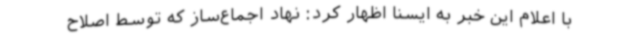
با اعلام این خبر به ایسنا اظهار کرد: نهاد اجماع‌ساز که توسط اصلاح